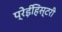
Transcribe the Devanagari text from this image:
प्रेईहिस्टरी